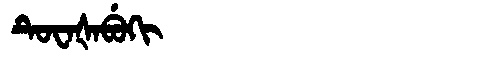
Manchu: ᡨᡠᠸᠠᡧᠠᠪᡠᡴᡳ
Romanization: TUWAŠABUKI